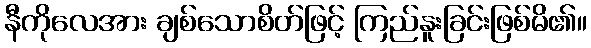
နီကိုလေအား ချစ်သောစိတ်ဖြင့် ကြည်နူးခြင်းဖြစ်မိ၏။